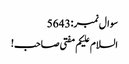
سوال نمبر:5643
السلام علیکم مفتی صاحب!